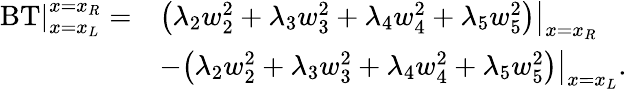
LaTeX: \begin{array}{rl}{\left.\operatorname{BT}\right|_{x=x_{L}}^{x=x_{R}}=}&{\left.\left(\lambda_{2}{w}_{2}^{2}+\lambda_{3}{w}_{3}^{2}+\lambda_{4}{w}_{4}^{2}+\lambda_{5}{w}_{5}^{2}\right)\right|_{x=x_{R}}}\\ &{-\left.\left(\lambda_{2}{w}_{2}^{2}+\lambda_{3}{w}_{3}^{2}+\lambda_{4}{w}_{4}^{2}+\lambda_{5}{w}_{5}^{2}\right)\right|_{x=x_{L}}.}\end{array}